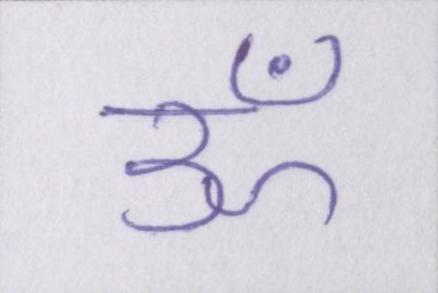
ॐ